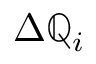
\Delta \mathbb { Q } _ { i }